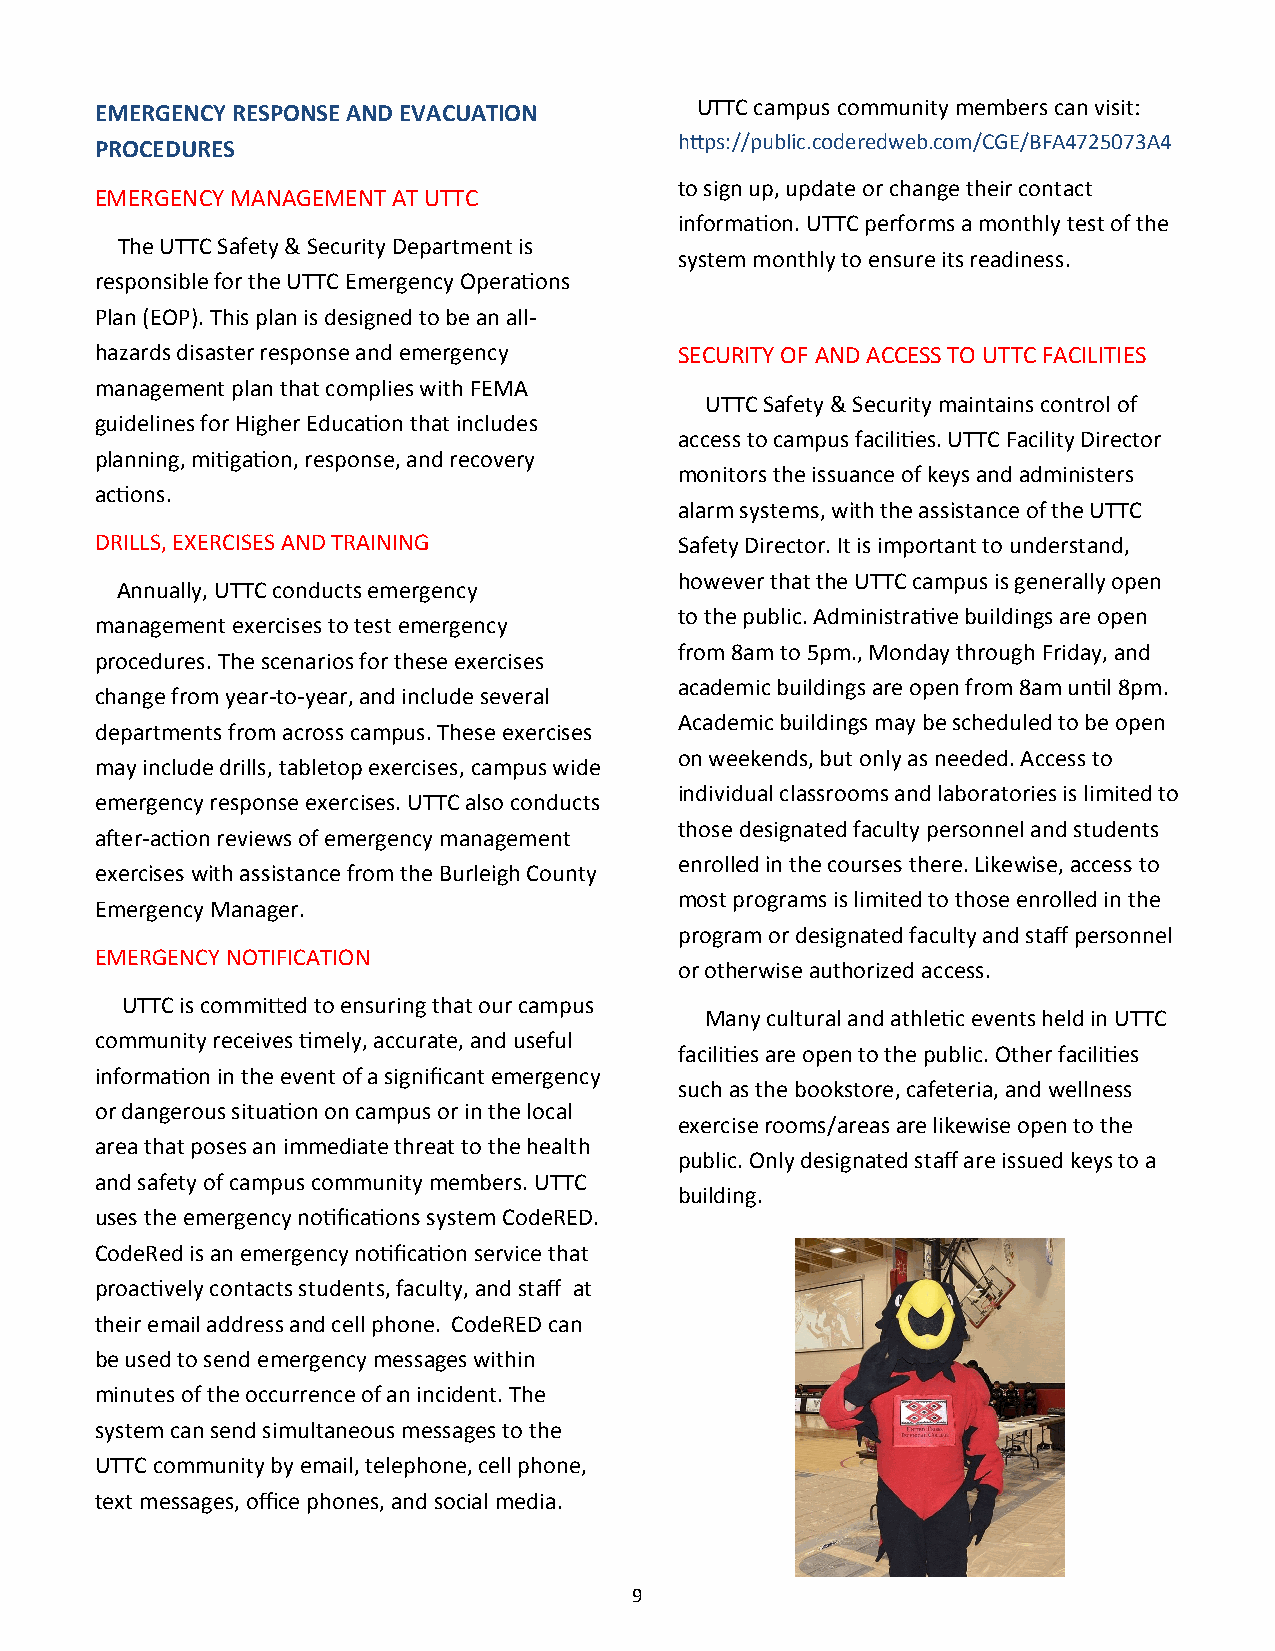
EMERGENCY RESPONSE AND EVACUATION       UTTC campus community members can visit:
 https://public.coderedweb.com/CGE/BFA4725073A4
 PROCEDURES
 to sign up, update or change their contact
 EMERGENCY MANAGEMENT AT UTTC
 information. UTTC performs a monthly test of the
 The UTTC Safety & Security Department is
 system monthly to ensure its readiness.
 responsible for the UTTC Emergency Operations
 Plan (EOP). This plan is designed to be an all-
 hazards disaster response and emergency SECURITY OF AND ACCESS TO UTTC FACILITIES
 management plan that complies with FEMA
 UTTC Safety & Security maintains control of
 guidelines for Higher Education that includes
 access to campus facilities. UTTC Facility Director
 planning, mitigation, response, and recovery
 monitors the issuance of keys and administers
 actions.
 alarm systems, with the assistance of the UTTC
 DRILLS, EXERCISES AND TRAINING         Safety Director. It is important to understand,
 however that the UTTC campus is generally open
 Annually, UTTC conducts emergency
 to the public. Administrative buildings are open
 management exercises to test emergency
 from 8am to 5pm., Monday through Friday, and
 procedures. The scenarios for these exercises
 academic buildings are open from 8am until 8pm.
 change from year-to-year, and include several
 Academic buildings may be scheduled to be open
 departments from across campus. These exercises
 on weekends, but only as needed. Access to
 may include drills, tabletop exercises, campus wide
 individual classrooms and laboratories is limited to
 emergency response exercises. UTTC also conducts
 those designated faculty personnel and students
 after-action reviews of emergency management
 enrolled in the courses there. Likewise, access to
 exercises with assistance from the Burleigh County
 most programs is limited to those enrolled in the
 Emergency Manager.
 program or designated faculty and staff personnel
 EMERGENCY NOTIFICATION
 or otherwise authorized access.
 UTTC is committed to ensuring that our campus
 Many cultural and athletic events held in UTTC
 community receives timely, accurate, and useful
 facilities are open to the public. Other facilities
 information in the event of a significant emergency
 such as the bookstore, cafeteria, and wellness
 or dangerous situation on campus or in the local
 exercise rooms/areas are likewise open to the
 area that poses an immediate threat to the health
 public. Only designated staff are issued keys to a
 and safety of campus community members. UTTC
 building.
 uses the emergency notifications system CodeRED.
 CodeRed is an emergency notification service that
 proactively contacts students, faculty, and staff at
 their email address and cell phone. CodeRED can
 be used to send emergency messages within
 minutes of the occurrence of an incident. The
 system can send simultaneous messages to the
 UTTC community by email, telephone, cell phone,
 text messages, office phones, and social media.
 9